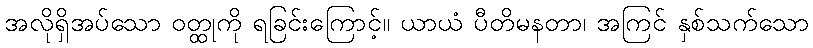
အလိုရှိအပ်သော ဝတ္ထုကို ရခြင်းကြောင့်။ ယာယံ ပီတိမနတာ၊ အကြင် နှစ်သက်သော